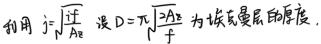
利用$j = \sqrt{\frac{\rho f}{\pi A_{\mathrm{E}}}}$，设$D = \pi \sqrt{\frac{\rho A_{\mathrm{E}}}{f}}$为场致发射层的厚度.